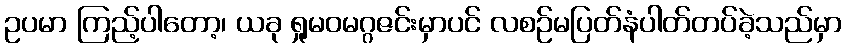
ဥပမာ ကြည့်ပါတော့၊ ယခု ရှုမဝမဂ္ဂဇင်းမှာပင် လစဉ်မပြတ်နံပါတ်တပ်ခဲ့သည်မှာ